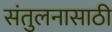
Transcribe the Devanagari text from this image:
संतुलनासाठी